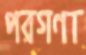
পরগণা